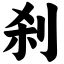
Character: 刹